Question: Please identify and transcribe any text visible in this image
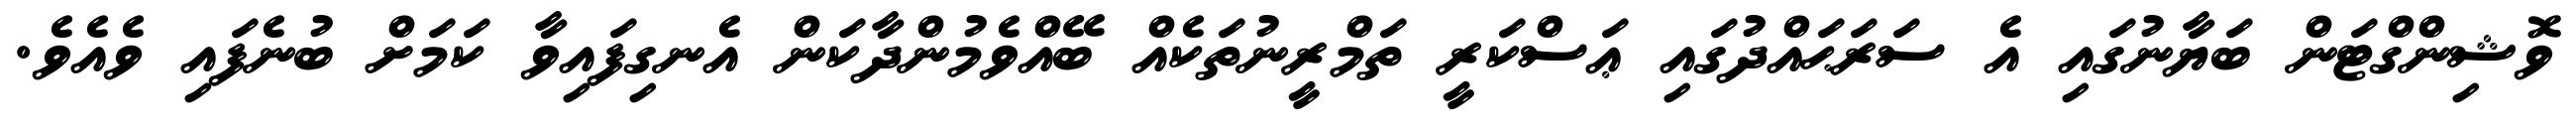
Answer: ވޮޝިންގްޓަން ބަޔާނުގައި އެ ސަރަޙައްދުގައި ޢަސްކަރީ ތަމްރީނުތަކެއް ބޭއްވެމުންދާކަން އެނގިފައިވާ ކަމަށް ބުނެފައި ވެއެވެ.